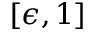
[ \epsilon , 1 ]